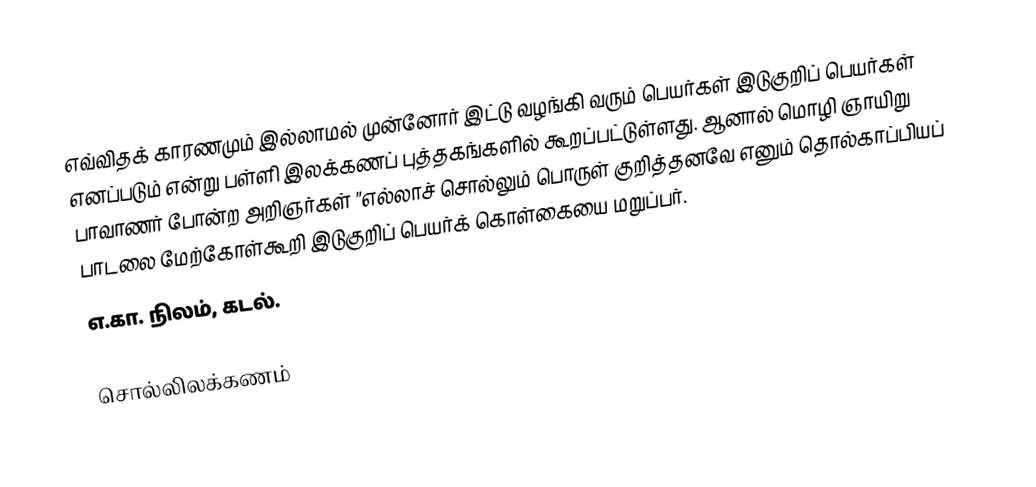
எவ்விதக் காரணமும் இல்லாமல் முன்னோர் இட்டு வழங்கி வரும் பெயர்கள் இடுகுறிப் பெயர்கள் எனப்படும் என்று பள்ளி இலக்கணப் புத்தகங்களில் கூறப்பட்டுள்ளது. ஆனால் மொழி ஞாயிறு பாவாணா்  போன்ற அறிஞா்கள் ”எல்லாச் சொல்லும் பொருள் குறித்தனவே எனும் தொல்காப்பியப் பாடலை மேற்கோள்கூறி இடுகுறிப் பெயா்க் கொள்கையை மறுப்பா்.
எ.கா. நிலம், கடல்.

சொல்லிலக்கணம்